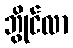
ဘွိုင်လာ